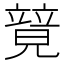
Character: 𥪰